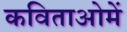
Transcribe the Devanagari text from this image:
कविताओमें